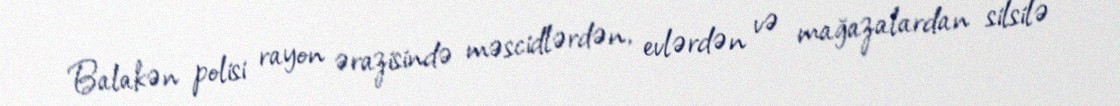
Balakən polisi rayon ərazisində məscidlərdən, evlərdən və mağazalardan silsilə